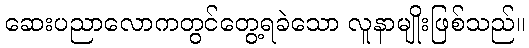
ဆေးပညာလောကတွင်တွေ့ရခဲသော လူနာမျိုးဖြစ်သည်။